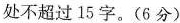
处不超过15字。(6分)